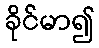
ခိုင်မာ၍